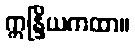
ဣန္ဒြိယကထာ။